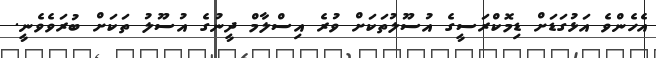
އެހެންވެ އަޅުގަޑަށް ޑިމޮކްރަސީގެ އުސޫލުތަކަށް ވުރެ އިސްލާމް ދީނުގެ އުސޫލު ތަކަށް ބުރަވެވެނީ.